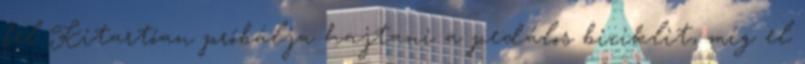
fel Kitartóan próbálja hajtani a pedálos biciklit, míg el